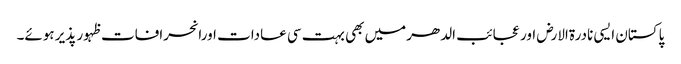
پاکستان ایسی نادرۃالارض اور عجائب الدھرمیں بھی بہت سی عادات اورانحرافات ظہور پذیر ہوئے۔